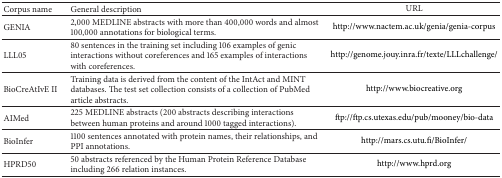
<table><thead><tr><td><b>Corpus name </b></td><td><b> General description</b></td><td><b>URL </b></td></tr></thead><tbody><tr><td> GENIA </td><td> 2,000 MEDLINE abstracts with more than 400,000 words and almost 100,000 annotations for biological terms. </td><td>http://www.nactem.ac.uk/genia/genia-corpus</td></tr><tr><td> LLL05</td><td> 80 sentences in the training set including 106 examples of genic interactions without coreferences and 165 examples of interactions with coreferences.</td><td>http://genome.jouy.inra.fr/texte/LLLchallenge/</td></tr><tr><td> BioCreAtIvE II </td><td> Training data is derived from the content of the IntAct and MINT databases. The test set collection consists of a collection of PubMed article abstracts. </td><td>http://www.biocreative.org</td></tr><tr><td> AIMed </td><td> 225 MEDLINE abstracts (200 abstracts describing interactions between human proteins and around 1000 tagged interactions).</td><td>ftp://ftp.cs.utexas.edu/pub/mooney/bio-data</td></tr><tr><td> BioInfer</td><td>1100 sentences annotated with protein names, their relationships, and PPI annotations. </td><td>http://mars.cs.utu.fi/BioInfer/</td></tr><tr><td> HPRD50 </td><td> 50 abstracts referenced by the Human Protein Reference Database including 266 relation instances.</td><td>http://www.hprd.org</td></tr></tbody></table>